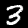
Label: 3